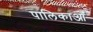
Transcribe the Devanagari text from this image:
पालिकाओँ